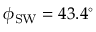
\phi _ { \mathrm { S W } } = 4 3 . 4 ^ { \circ }